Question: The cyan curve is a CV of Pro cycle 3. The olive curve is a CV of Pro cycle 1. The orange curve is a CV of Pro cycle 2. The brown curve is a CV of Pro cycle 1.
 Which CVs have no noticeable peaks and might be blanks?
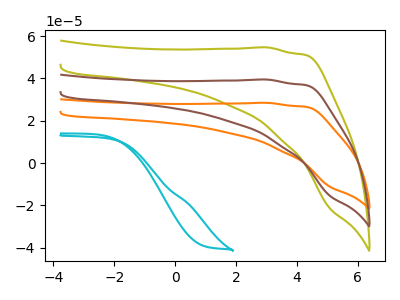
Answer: <think>The cyan curve "Pro cycle 3" has no peaks. The olive curve "Pro cycle 1" has no peaks. The orange curve "Pro cycle 2" has no peaks. The brown curve "Pro cycle 1" has no peaks.</think>
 <answer>"Pro cycle 3", "Pro cycle 1", "Pro cycle 2" and "Pro cycle 1" are likely to be blanks.</answer>
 <eval>"Pro cycle 3", "Pro cycle 1", "Pro cycle 2", "Pro cycle 1"</eval>